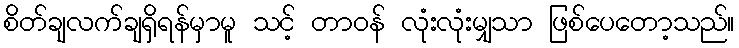
စိတ်ချလက်ချရှိရန်မှာမူ သင့် တာဝန် လုံးလုံးမျှသာ ဖြစ်ပေတော့သည်။